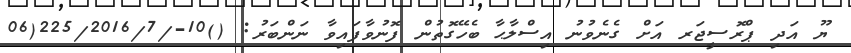
ޔޫ އަދި ޕްރޮސީޖަރ އަށް ގެނެވުނު އިސްލާޙާ ބެހޭގޮތުން ފޮނުވާފައިވާ ނަންބަރު: ()10-/225/2016/7(06